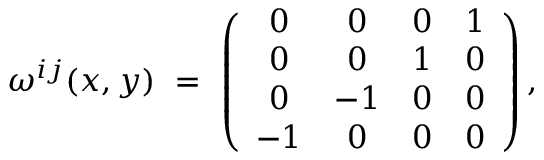
\omega ^ { i j } ( x , y ) ~ = ~ \left( \begin{array} { c c c c } { { 0 } } & { { 0 } } & { { 0 } } & { { 1 } } \\ { { 0 } } & { { 0 } } & { { 1 } } & { { 0 } } \\ { { 0 } } & { { - 1 } } & { { 0 } } & { { 0 } } \\ { { - 1 } } & { { 0 } } & { { 0 } } & { { 0 } } \end{array} \right) ,